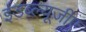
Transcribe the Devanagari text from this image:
ईडब्ल्यूजीए